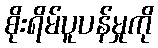
စိုးရိမ်ပူပန်မှုကို